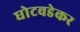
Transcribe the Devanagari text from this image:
घोटवडेकर